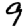
Digit: 9